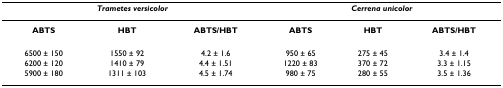
<table><thead><tr><td colspan="3"><b><i>Trametes versicolor</i></b></td><td colspan="3"><b><i>Cerrena unicolor</i></b></td></tr></thead><tbody><tr><td><b>ABTS</b></td><td><b>HBT</b></td><td><b>ABTS/HBT</b></td><td><b>ABTS</b></td><td><b>HBT</b></td><td><b>ABTS/HBT</b></td></tr><tr><td>6500 ± 150</td><td>1550 ± 92</td><td>4.2 ± 1.6</td><td>950 ± 65</td><td>275 ± 45</td><td>3.4 ± 1.4</td></tr><tr><td>6200 ± 120</td><td>1410 ± 79</td><td>4.4 ± 1.51</td><td>1220 ± 83</td><td>370 ± 72</td><td>3.3 ± 1.15</td></tr><tr><td>5900 ± 180</td><td>1311 ± 103</td><td>4.5 ± 1.74</td><td>980 ± 75</td><td>280 ± 55</td><td>3.5 ± 1.36</td></tr></tbody></table>